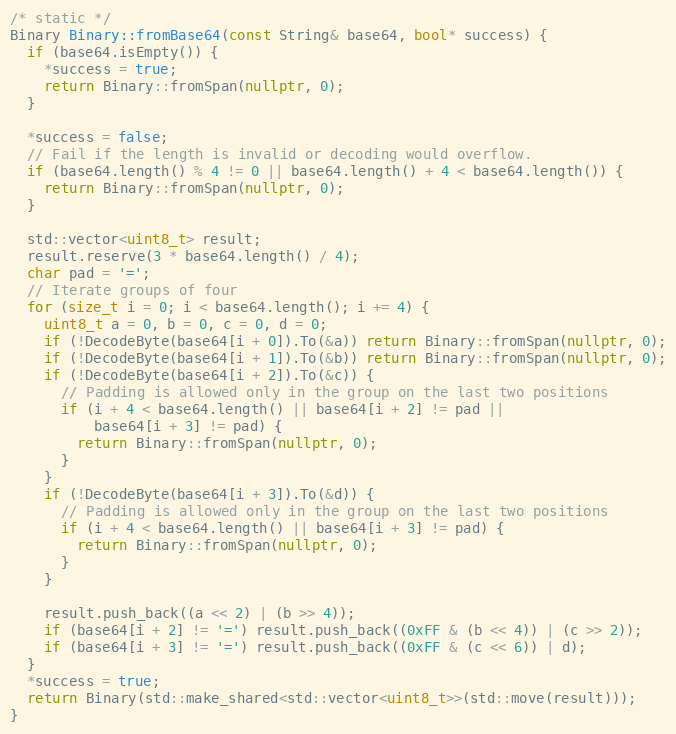
Language: C++
/* static */
Binary Binary::fromBase64(const String& base64, bool* success) {
  if (base64.isEmpty()) {
    *success = true;
    return Binary::fromSpan(nullptr, 0);
  }

  *success = false;
  // Fail if the length is invalid or decoding would overflow.
  if (base64.length() % 4 != 0 || base64.length() + 4 < base64.length()) {
    return Binary::fromSpan(nullptr, 0);
  }

  std::vector<uint8_t> result;
  result.reserve(3 * base64.length() / 4);
  char pad = '=';
  // Iterate groups of four
  for (size_t i = 0; i < base64.length(); i += 4) {
    uint8_t a = 0, b = 0, c = 0, d = 0;
    if (!DecodeByte(base64[i + 0]).To(&a)) return Binary::fromSpan(nullptr, 0);
    if (!DecodeByte(base64[i + 1]).To(&b)) return Binary::fromSpan(nullptr, 0);
    if (!DecodeByte(base64[i + 2]).To(&c)) {
      // Padding is allowed only in the group on the last two positions
      if (i + 4 < base64.length() || base64[i + 2] != pad ||
          base64[i + 3] != pad) {
        return Binary::fromSpan(nullptr, 0);
      }
    }
    if (!DecodeByte(base64[i + 3]).To(&d)) {
      // Padding is allowed only in the group on the last two positions
      if (i + 4 < base64.length() || base64[i + 3] != pad) {
        return Binary::fromSpan(nullptr, 0);
      }
    }

    result.push_back((a << 2) | (b >> 4));
    if (base64[i + 2] != '=') result.push_back((0xFF & (b << 4)) | (c >> 2));
    if (base64[i + 3] != '=') result.push_back((0xFF & (c << 6)) | d);
  }
  *success = true;
  return Binary(std::make_shared<std::vector<uint8_t>>(std::move(result)));
}